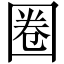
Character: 圈